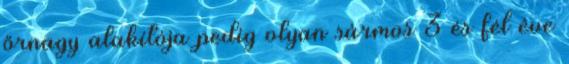
őrnagy alakítója pedig olyan sármos 3 és fél éve